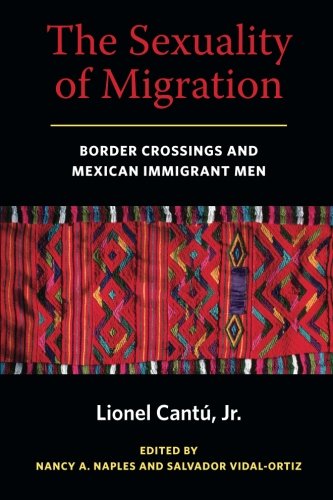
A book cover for The Sexuality of Migration: Border Crossings and Mexican Immigrant Men (Intersections); Lionel Cantu; Gay & Lesbian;